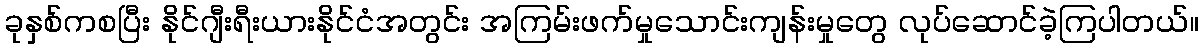
ခုနှစ်ကစပြီး နိုင်ဂျီးရီးယားနိုင်ငံအတွင်း အကြမ်းဖက်မှုသောင်းကျန်းမှုတွေ လုပ်ဆောင်ခဲ့ကြပါတယ်။